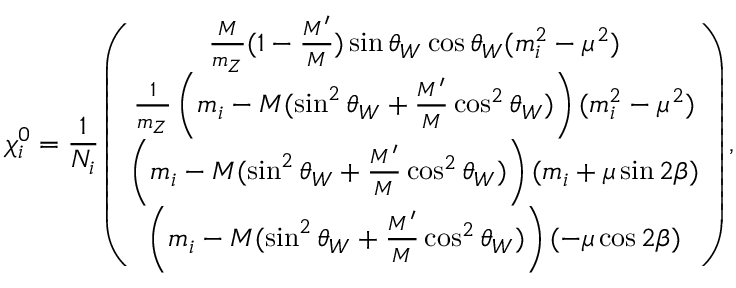
\chi _ { i } ^ { 0 } = \frac { 1 } { N _ { i } } \left( \begin{array} { c } { { \frac { M } { m _ { Z } } ( 1 - \frac { M ^ { \prime } } { M } ) \sin \theta _ { W } \cos \theta _ { W } ( m _ { i } ^ { 2 } - \mu ^ { 2 } ) } } \\ { { \frac { 1 } { m _ { Z } } \left( m _ { i } - M ( \sin ^ { 2 } \theta _ { W } + \frac { M ^ { \prime } } { M } \cos ^ { 2 } \theta _ { W } ) \right) ( m _ { i } ^ { 2 } - \mu ^ { 2 } ) } } \\ { { \left( m _ { i } - M ( \sin ^ { 2 } \theta _ { W } + \frac { M ^ { \prime } } { M } \cos ^ { 2 } \theta _ { W } ) \right) ( m _ { i } + \mu \sin 2 \beta ) } } \\ { { \left( m _ { i } - M ( \sin ^ { 2 } \theta _ { W } + \frac { M ^ { \prime } } { M } \cos ^ { 2 } \theta _ { W } ) \right) ( - \mu \cos 2 \beta ) } } \end{array} \right) ,